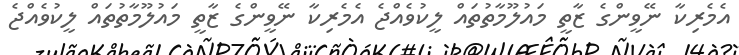
އެމެރިކާ ނޭވީންގެ ޒާތީ މައުލޫމާތުތައް ލީކުވެއްޖެ އެމެރިކާ ނޭވީންގެ ޒާތީ މައުލޫމާތުތައް ލީކުވެއްޖެ